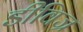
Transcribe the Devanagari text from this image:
डीविज्र